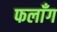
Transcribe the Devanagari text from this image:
फलाँग